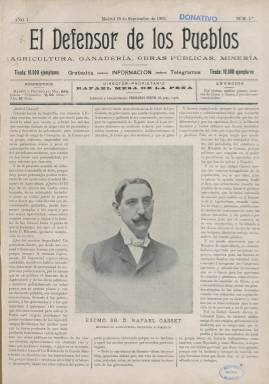
Título: El Defensor de los Pueblos
Colección: Periódicos
Ámbito geográfico: Madrid
Lugar de publicación: Madrid
Fechas: 18/09/1903-31/12/1906

Publicación semanal de carácter económico y técnico, llevaba en su cabecera por subtítulo: ‘Agricultura, Ganadería, Obras Públicas, Minería’, para dejar claro sus intenciones de defender estas ramas de la producción. Era propiedad de Rafael Mesa de la Peña, que también figuraba como director y que años más tarde se pasaría a la política en las filas del partido liberal llegando a ser gobernador civil de varias provincias.

   El periódico contaba con ocho páginas, declaraba una tirada de 10.000 ejemplares y carecía de ilustraciones, salvo el retrato fotográfico de algún personaje, normalmente un político, que aparecía a veces para ilustrar una información o  artículo de opinión. Apenas contaba con publicidad, aunque durante buena parte de su corta existencia -se publicó sólo durante cuatro años, de 1903 a 1906¬- insertó un anuncio en su última página sobre maquinaria agrícola de la firma Sturges y Foley.

   “Gran surtido en máquinas de vapor, trilladoras, arados, alambiques, prensas para aceite, prensas para uva, bombas y toda clase de aparatos para la Agricultura”. La sola lectura de ese anuncio da una idea del nivel de mecanización alcanzado en el campo español en unos años en que España era todavía un país eminentemente agrícola.

    De ideario netamente conservador, además de atacar duramente la ideología anarquista, la publicación no tenía reparos en denostar la lucha política, a la que atribuía la ruina del país,  En su primer número hizo en portada un encendido elogio del ministro Rafael Gasset, primer ministro de Agricultura de la Historia de España con Silvela como presidente del Gobierno en 1900; repitió cargo en 1903 con Fernández Villaverde en la Presidencia.

    Rafael Gasset  era hijo del fundador de El Imparcial, Eduardo Gasset, y fue director del periódico a la muerte de su padre antes de dedicarse a la política. El Defensor de los Pueblos declara que su lema es ‘Producción y Trabajo’, el mismo lema del ministro, quien publicará un artículo en la portada del segundo número de la publicación en defensa de los agricultores, “los que trabajan de sol a sol”, y citará al mismo Napoleón para escribir: “Nadie engrandece una nación sin enaltecer y prosperar su agricultura”.

   En realidad, la publicación parece un boletín del Ministerio de Agricultura, dado que la información y datos que proporciona debieron de salir en gran parte del organismo, tales como proyectos hidráulicos, de caminos vecinales, de fuentes y otras obras públicas, así como estadísticas oficiales e información comercial de granos, vinos, aceites, carnes y otros productos.

   La política hidráulica fue una obsesión del ministro Gasset, primero en la cartera de Agricultura y años después en la de Fomento con el partido liberal, aunque los resultados no fueron los esperados.

   Como curiosidad, en la página 3 del número 2, de 26 de septiembre de 1903, la publicación informó del comienzo en España con éxito de la costumbre de tirar cohetes contra el granizo, lo que se hacía ya en pueblos de Europa en defensa de la agricultura y lo que aún se sigue haciendo para desbaratar la nubes de pedrisco e impedir que dañen las cosechas, aunque científicamente no esté suficientemente probada su eficacia.

[Descripción publicada el 10/01/2019]